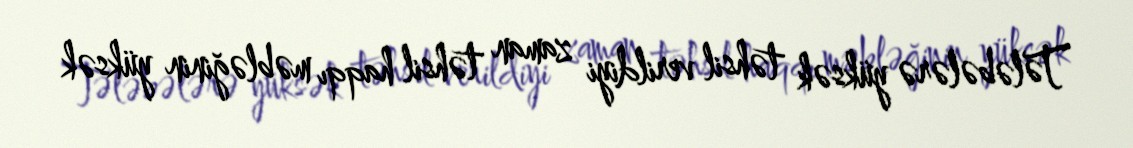
Tələbələrə yüksək təhsil verildiyi zaman təhsil haqqı məbləğinin yüksək